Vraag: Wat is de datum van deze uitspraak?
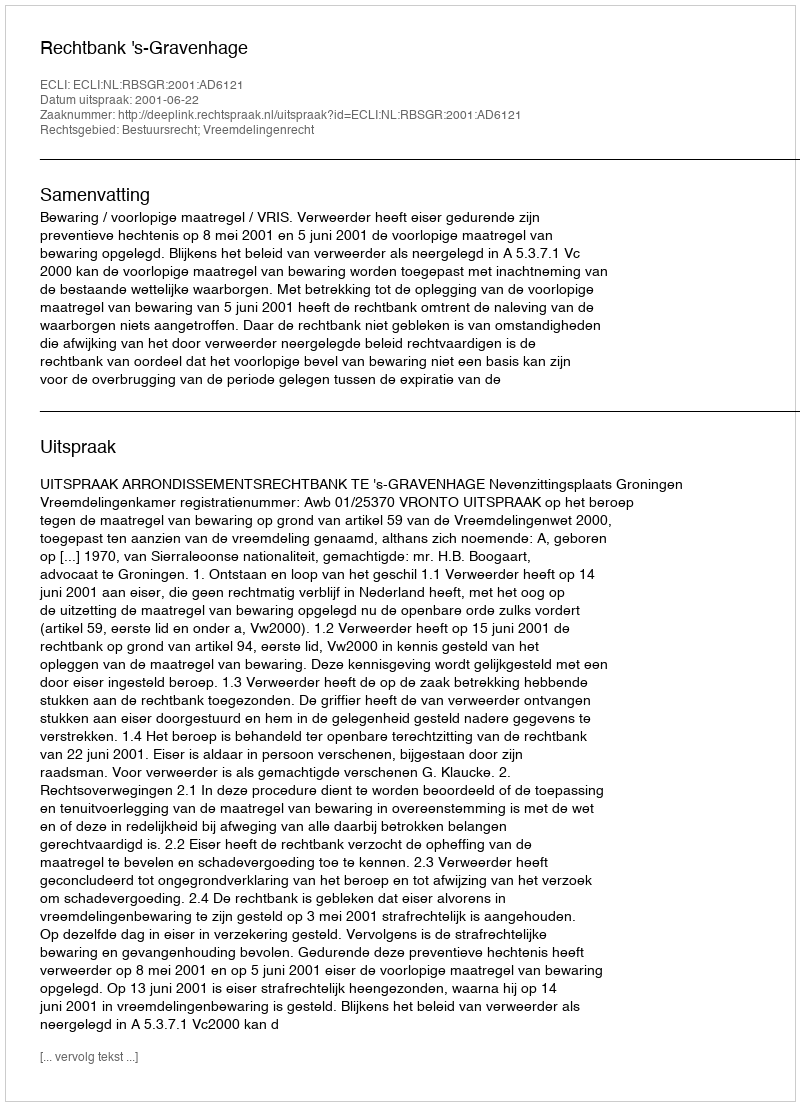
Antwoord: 2001-06-22